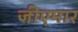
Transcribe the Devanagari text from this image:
जीएमार